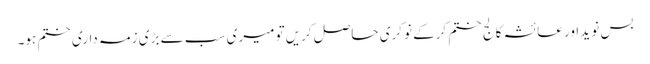
بس نوید اور عائشہ کالج ختم کرکے نوکری حاصل کریں‌تو میری سب سے بڑی زمہ داری ختم ہو۔